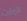
الوقت